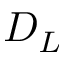
D _ { L }